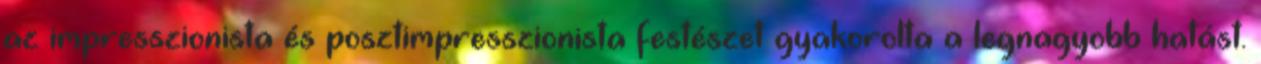
az impresszionista és posztimpresszionista festészet gyakorolta a legnagyobb hatást.